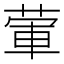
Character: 葷